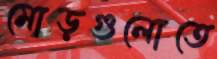
মোড়গুলোতে